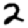
Digit: 2